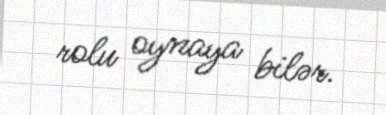
rolu oynaya bilər.